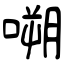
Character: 嗍